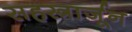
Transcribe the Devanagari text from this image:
सहस्त्रार्जून